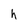
Character: h